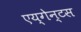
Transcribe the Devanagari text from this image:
एय्गेन्टस